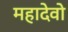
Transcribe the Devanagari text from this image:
महादेवो